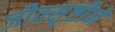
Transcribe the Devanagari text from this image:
जीवसृष्टीने